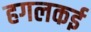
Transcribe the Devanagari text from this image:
हगलकई